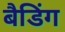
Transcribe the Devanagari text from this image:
बैडिंग